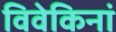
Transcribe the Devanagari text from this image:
विवेकिनां